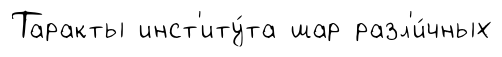
Таракты инст'иту́та шар разл'и́чных